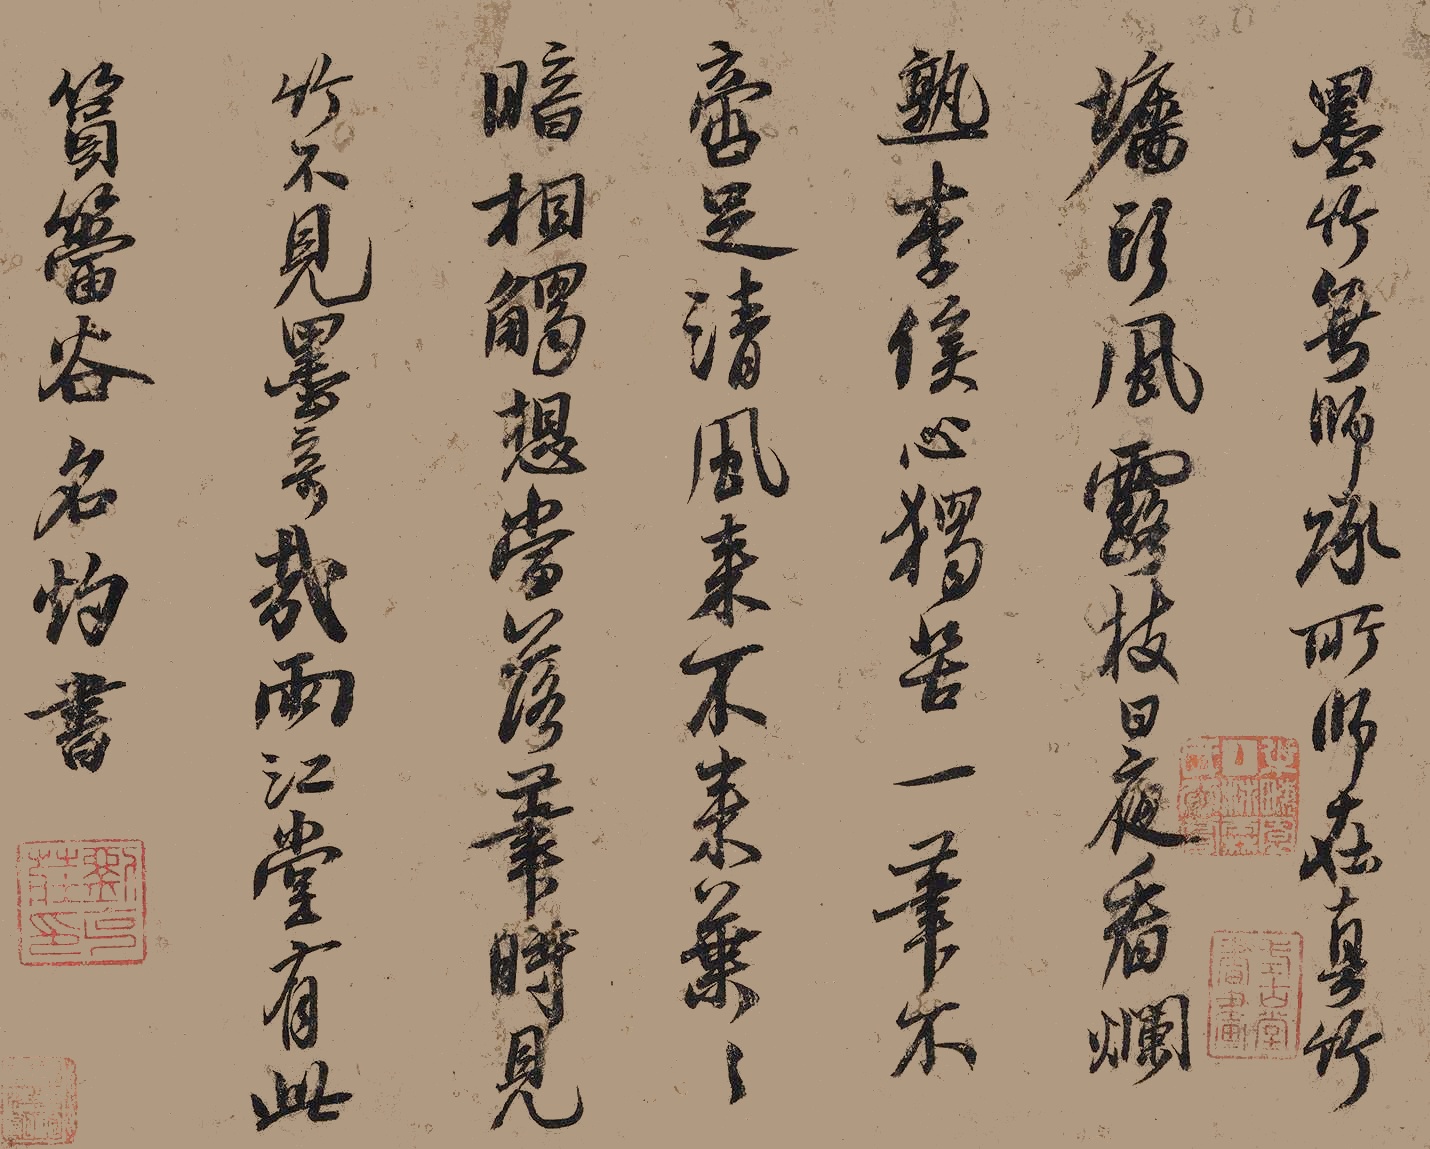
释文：墨竹无师承，所师在真竹。墙头风露枝，日夜看烂熟。李俟心独苦，一笔不啻足。清风来不来，叶叶暗相触。想当落笔时，见竹不见墨。奇哉雨江堂有此筼筜谷名。灼书。